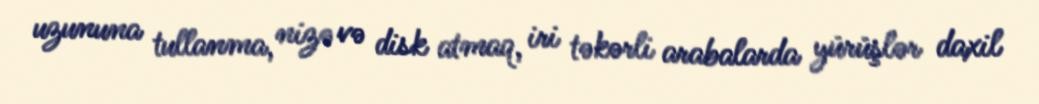
uzununa tullanma, nizə və disk atmaq, iri təkərli arabalarda yürüşlər daxil